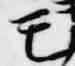
モ